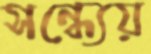
সন্ধ্যেয়